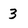
Character: 3